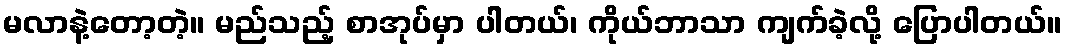
မလာနဲ့တော့တဲ့။ မည်သည့် စာအုပ်မှာ ပါတယ်၊ ကိုယ်ဘာသာ ကျက်ခဲ့လို့ ပြောပါတယ်။